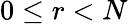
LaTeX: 0\leq r<N